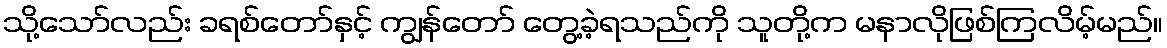
သို့သော်လည်း ခရစ်တော်နှင့် ကျွန်တော် တွေ့ခဲ့ရသည်ကို သူတို့က မနာလိုဖြစ်ကြလိမ့်မည်။